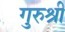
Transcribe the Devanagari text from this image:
गुरुश्री